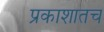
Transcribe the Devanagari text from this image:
प्रकाशातच